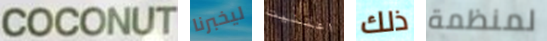
COCONUT ليخبرنا اعتنيت ذلك لمنظمة